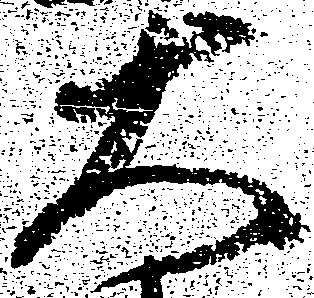
大